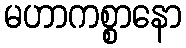
မဟာကစ္စာနော